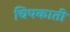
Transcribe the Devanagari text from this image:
चिपकाती